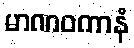
မာဏဝကာနံ